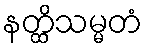
နတ္ထိသမ္မတံ